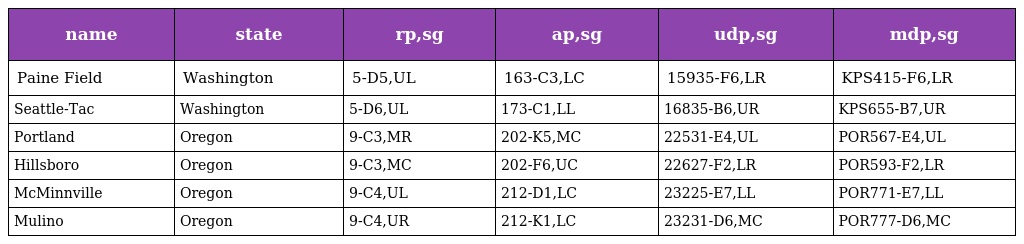
| name | state | rp,sg | ap,sg | udp,sg | mdp,sg |
 | --- | --- | --- | --- | --- | --- |
 | Paine Field | Washington | 5-D5,UL | 163-C3,LC | 15935-F6,LR | KPS415-F6,LR |
 | Seattle-Tac | Washington | 5-D6,UL | 173-C1,LL | 16835-B6,UR | KPS655-B7,UR |
 | Portland | Oregon | 9-C3,MR | 202-K5,MC | 22531-E4,UL | POR567-E4,UL |
 | Hillsboro | Oregon | 9-C3,MC | 202-F6,UC | 22627-F2,LR | POR593-F2,LR |
 | McMinnville | Oregon | 9-C4,UL | 212-D1,LC | 23225-E7,LL | POR771-E7,LL |
 | Mulino | Oregon | 9-C4,UR | 212-K1,LC | 23231-D6,MC | POR777-D6,MC |